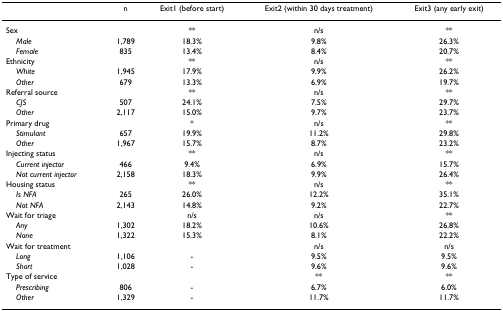
|  | n | Exit1 (before start) | Exit2 (within 30 days treatment) | Exit3 (any early exit) |
 | --- | --- | --- | --- | --- |
 | Sex |  | ** | n/s | ** |
 | Male | 1,789 | 18.3% | 9.8% | 26.3% |
 | Female | 835 | 13.4% | 8.4% | 20.7% |
 | Ethnicity |  | ** | n/s | ** |
 | White | 1,945 | 17.9% | 9.9% | 26.2% |
 | Other | 679 | 13.3% | 6.9% | 19.7% |
 | Referral source |  | ** | n/s | ** |
 | CJS | 507 | 24.1% | 7.5% | 29.7% |
 | Other | 2,117 | 15.0% | 9.7% | 23.7% |
 | Primary drug |  | * | n/s | ** |
 | Stimulant | 657 | 19.9% | 11.2% | 29.8% |
 | Other | 1,967 | 15.7% | 8.7% | 23.2% |
 | Injecting status |  | ** | n/s | ** |
 | Current injector | 466 | 9.4% | 6.9% | 15.7% |
 | Not current injector | 2,158 | 18.3% | 9.9% | 26.4% |
 | Housing status |  | ** | n/s | ** |
 | Is NFA | 265 | 26.0% | 12.2% | 35.1% |
 | Not NFA | 2,143 | 14.8% | 9.2% | 22.7% |
 | Wait for triage |  | n/s | n/s | ** |
 | Any | 1,302 | 18.2% | 10.6% | 26.8% |
 | None | 1,322 | 15.3% | 8.1% | 22.2% |
 | Wait for treatment |  |  | n/s | n/s |
 | Long | 1,106 | - | 9.5% | 9.5% |
 | Short | 1,028 | - | 9.6% | 9.6% |
 | Type of service |  |  | ** | ** |
 | Prescribing | 806 | - | 6.7% | 6.0% |
 | Other | 1,329 | - | 11.7% | 11.7% |